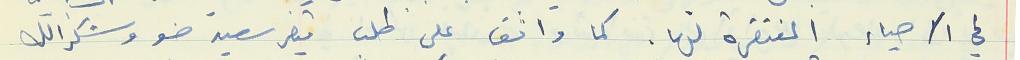
في الاحياء المفتقرة لها. كما وافق على طلب قيصر سعيد ضو وشكرالله